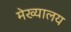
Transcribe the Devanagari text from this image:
मेख्यालय